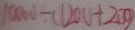
1 0 0 0 0 \div ( 1 2 0 0 + 2 0 0 )